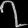
Digit: ၇